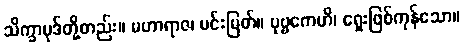
သိက္ခာပုဒ်တို့တည်း။ မဟာရာဇ၊ မင်းမြတ်။ ပုဗ္ဗကေဟိ၊ ရှေးဖြစ်ကုန်သော။